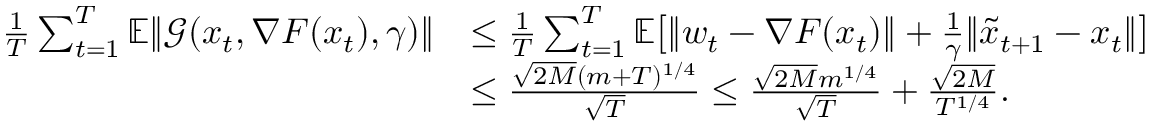
\begin{array} { r l } { \frac { 1 } { T } \sum _ { t = 1 } ^ { T } \mathbb { E } \| \mathcal { G } ( x _ { t } , \nabla F ( x _ { t } ) , \gamma ) \| } & { \leq \frac { 1 } { T } \sum _ { t = 1 } ^ { T } \mathbb { E } \big [ \| w _ { t } - \nabla F ( x _ { t } ) \| + \frac { 1 } { \gamma } \| \tilde { x } _ { t + 1 } - x _ { t } \| \big ] } \\ & { \leq \frac { \sqrt { 2 M } ( m + T ) ^ { 1 / 4 } } { \sqrt { T } } \leq \frac { \sqrt { 2 M } m ^ { 1 / 4 } } { \sqrt { T } } + \frac { \sqrt { 2 M } } { T ^ { 1 / 4 } } . } \end{array}